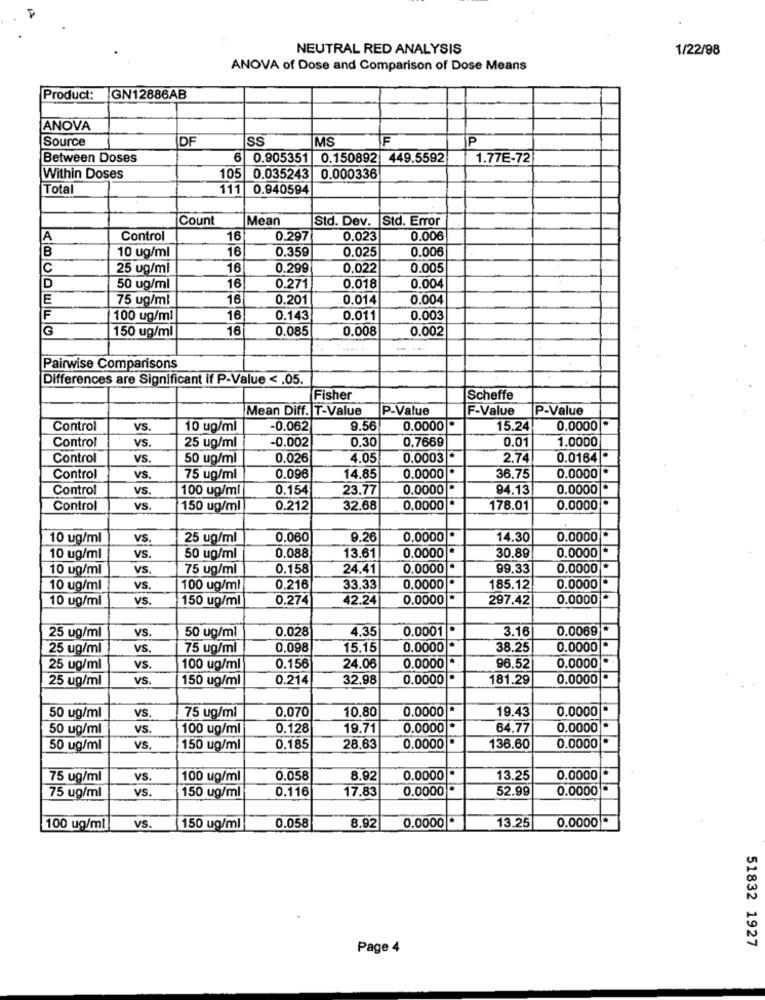
NEUTRAL RED ANALYSIS
1/22/98
ANOVA of Dose and Comparison of Dose Means
Product:
IGN12886AB
ANOVA
Source
DF
SS
MS
F
P
Between Doses
0.905351 0.150892 449.5592
1.77E-72
Within Doses
105 0.035243
0.000336
Total
111 0.940594
Count
Mean
Std. Dev. Std. Error
A
Control
16
0.297
0.023
0.006
B
16
0.359
0.025
0.006
10 ug/ml
C
25 ug/ml
16
0.299
0.022
0.005
0.004
D
50 ug/ml
16
0.271
0.018
E
75 ug/ml
16
0.201
0.014
0.004
100 ug/ml
16
0.143
0.011
0.003
G
150 ug/ml
16
0.085
0.008
0.002
Pairwise Comparisons
Differences are Significant if P-Value < . 05.
Fisher
Scheffe
Mean Diff. T-Value
P-Value
F-Value
P-Value
Control
vS.
10 ug/ml
-0.062
9.56
0.0000
15.24
0.0000
vs.
0.30
0.7669
0.01
1.0000
Control
25 ug/ml
-0.002
Control
VS.
50 ug/ml
0.026
4.05
0.0003|*
2.74
0.0164 *
Control
VS.
75 ug/ml
0.096
14.85
0.0000 ·
36.75
0.0000
Control
VS.
100 ug/ml
0.154
23.77
0.0000 *
94.13
0.0000
Control
vs.
150 ug/ml
0.212
32,68
0,0000 *
178.01
0.0000
10 ug/ml
VS.
25 ug/ml
0.060
9.26
0.0000 *
14.30
0.0000
0.0000 *
30.89
10 ug/ml
vS.
50 ug/ml
0.088
13.61
0.0000
10 ug/ml
VS.
75 ug/ml
0.158
24.41
0.0000 *
99.33
0.0000
10 ug/ml
vS.
100 ug/ml
0.216
33,33
0.0000 *
185.12
0.0000
10 ug/ml
VS.
150 ug/ml
0.274
42.24
0.0000 *
297.42
0.0000
VS.
0.028
4,35
0.0001*
3.16
0.0069
25 ug/ml
50 ug/ml
25 ug/ml
VS.
75 ug/ml
0,098
15.15
0.0000
38.25
0.0000
25 ug/ml
VS.
100 ug/ml
0.156
24.06
0.0000
96,52
0.0000
25 ug/ml
vS.
150 ug/ml
0.214
32.98
0.0000 *
181.29
0.0000
0.070
10.80
0.0000 *
19.43
0.0000 *
50 ug/ml
VS
75 ug/ml
50 ug/ml
VS.
100 ug/ml
0.128
19.71
0.0000 *
64.77
0.0000
0.0000
50 ug/ml
VS.
150 ug/ml
0.185
28,63
136.60
0.0000
75 ug/ml
vS.
100 ug/ml
0.058
8.92
0.0000 *
13.25
0.0000
VS.
0.116
17.83
0.0000 *
52.99
0.0000
75 ug/ml
150 ug/ml
0.0000 *
0.0000
100 ug/ml
VS.
150 ug/ml
0.058
8.92
13.25
51832 1927
Page 4